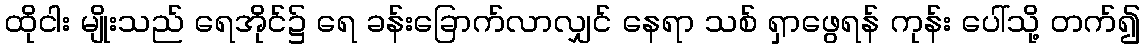
ထိုငါး မျိုးသည် ရေအိုင်၌ ရေ ခန်းခြောက်လာလျှင် နေရာ သစ် ရှာဖွေရန် ကုန်း ပေါ်သို့ တက်၍